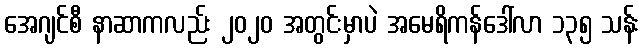
အေဂျင်စီ နာဆာကလည်း ၂၀၂၀ အတွင်းမှာပဲ အမေရိကန်ဒေါ်လာ ၁၃၅ သန်း